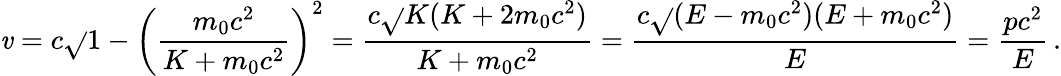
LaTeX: \mathit{v}=c{\sqrt{}{{1-\left({\frac{{m_{0}c^{2}}}{{K+m_{0}c^{2}}}}\right)^{2}}}}={\frac{{c{\sqrt{}{{K(K+2m_{0}c^{2})}}}}}{{K+m_{0}c^{2}}}}={\frac{{c{\sqrt{}{{(E-m_{0}c^{2})(E+m_{0}c^{2})}}}}}{{E}}}={\frac{{pc^{2}}}{{E}}}\, .